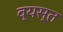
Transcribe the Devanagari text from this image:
व्‍यस्त